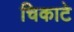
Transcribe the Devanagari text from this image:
चिकाटे